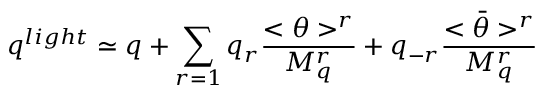
q ^ { l i g h t } \simeq q + \sum _ { r = 1 } q _ { r } \frac { < \theta > ^ { r } } { M _ { q } ^ { r } } + q _ { - r } \frac { < \bar { \theta } > ^ { r } } { M _ { q } ^ { r } }